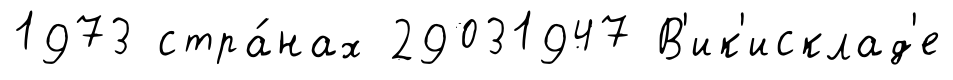
1973 стра́нах 29031947 В'ик'исклад'е